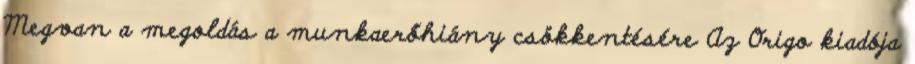
Megvan a megoldás a munkaerőhiány csökkentésére Az Origo kiadója